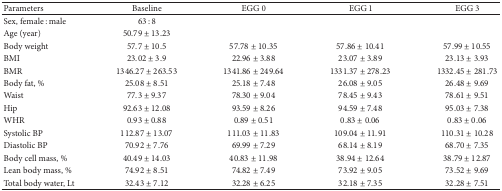
| Parameters | Baseline | EGG 0 | EGG 1 | EGG 3 |
 | --- | --- | --- | --- | --- |
 | Sex, female : male | 63 : 8 |  |  |  |
 | Age (year) | 50.79 ± 13.23 |  |  |  |
 | Body weight | 57.7 ± 10.5 | 57.78 ± 10.35 | 57.86 ± 10.41 | 57.99 ± 10.55 |
 | BMI | 23.02 ± 3.9 | 22.96 ± 3.88 | 23.07 ± 3.89 | 23.13 ± 3.93 |
 | BMR | 1346.27 ± 263.53 | 1341.86 ± 249.64 | 1331.37 ± 278.23 | 1332.45 ± 281.73 |
 | Body fat, % | 25.08 ± 8.51 | 25.18 ± 7.48 | 26.08 ± 9.05 | 26.48 ± 9.69 |
 | Waist | 77.3 ± 9.37 | 78.30 ± 9.04 | 78.45 ± 9.43 | 78.61 ± 9.51 |
 | Hip | 92.63 ± 12.08 | 93.59 ± 8.26 | 94.59 ± 7.48 | 95.03 ± 7.38 |
 | WHR | 0.93 ± 0.88 | 0.89 ± 0.51 | 0.83 ± 0.06 | 0.83 ± 0.06 |
 | Systolic BP | 112.87 ± 13.07 | 111.03 ± 11.83 | 109.04 ± 11.91 | 110.31 ± 10.28 |
 | Diastolic BP | 70.92 ± 7.76 | 69.99 ± 7.29 | 68.14 ± 8.19 | 68.70 ± 7.35 |
 | Body cell mass, % | 40.49 ± 14.03 | 40.83 ± 11.98 | 38.94 ± 12.64 | 38.79 ± 12.87 |
 | Lean body mass, % | 74.92 ± 8.51 | 74.82 ± 7.49 | 73.92 ± 9.05 | 73.52 ± 9.69 |
 | Total body water, Lt | 32.43 ± 7.12 | 32.28 ± 6.25 | 32.18 ± 7.35 | 32.28 ± 7.51 |